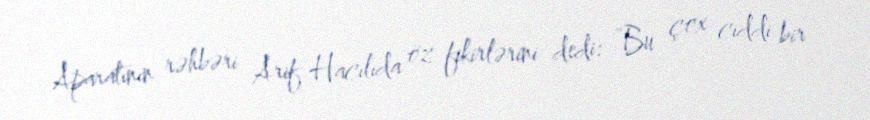
Aparatının rəhbəri Arif Hacılıda öz fikirlərini dedi: ”Bu çox ciddi bir